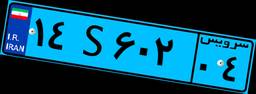
۱۴S۶۰۲۰۴